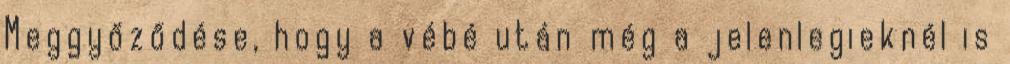
Meggyőződése, hogy a vébé után még a jelenlegieknél is